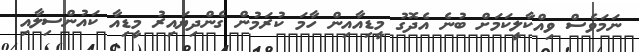
ނަމަވެސް ވިއްކާލީކަމަށް ބުނެ އެދޮގު މީޑިއާއިން ހާމަ ކުރަމުން ގެންދިޔައިރު މީޑިއާ ކައުންސިލާއި